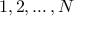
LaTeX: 1 , 2 , \dots , N